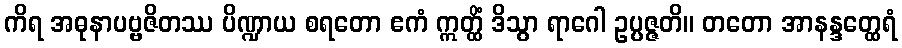
ကိရ အဓုနာပဗ္ဗဇိတဿ ပိဏ္ဍာယ စရတော ဧကံ ဣတ္ထိံ ဒိသွာ ရာဂေါ ဥပ္ပဇ္ဇတိ။ တတော အာနန္ဒတ္ထေရံ